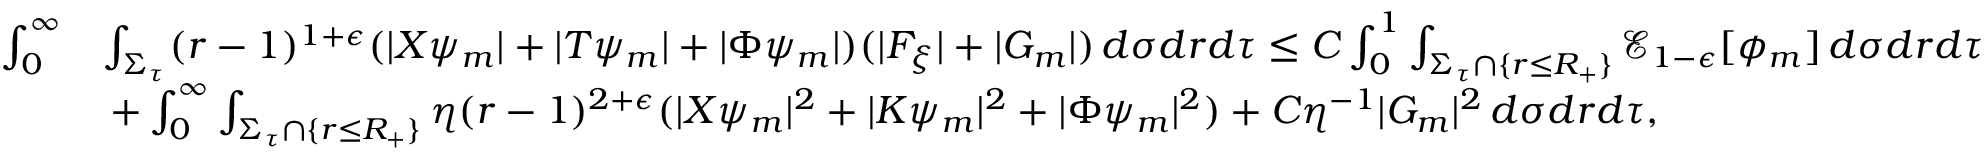
\begin{array} { r l } { \int _ { 0 } ^ { \infty } } & { \int _ { \Sigma _ { \tau } } ( r - 1 ) ^ { 1 + \epsilon } ( | X \psi _ { m } | + | T \psi _ { m } | + | \Phi \psi _ { m } | ) ( | F _ { \xi } | + | G _ { m } | ) \, d \sigma d r d \tau \leq C \int _ { 0 } ^ { 1 } \int _ { \Sigma _ { \tau } \cap \{ r \leq R _ { + } \} } \mathcal { E } _ { 1 - \epsilon } [ \phi _ { m } ] \, d \sigma d r d \tau } \\ & { \: + \int _ { 0 } ^ { \infty } \int _ { \Sigma _ { \tau } \cap \{ r \leq R _ { + } \} } \eta ( r - 1 ) ^ { 2 + \epsilon } ( | X \psi _ { m } | ^ { 2 } + | K \psi _ { m } | ^ { 2 } + | \Phi \psi _ { m } | ^ { 2 } ) + C \eta ^ { - 1 } | G _ { m } | ^ { 2 } \, d \sigma d r d \tau , } \end{array}